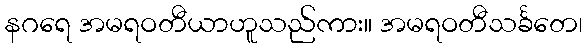
နဂရေ အမရဝတီယာဟူသည်ကား။ အမရဝတီသင်္ခတေ၊